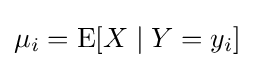
\mu _{i}=\operatorname {E} [X\mid Y=y_{i}]